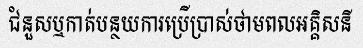
ជំនួសឬកាត់បន្ថយការប្រើប្រាស់ថាមពលអគ្គិសនី